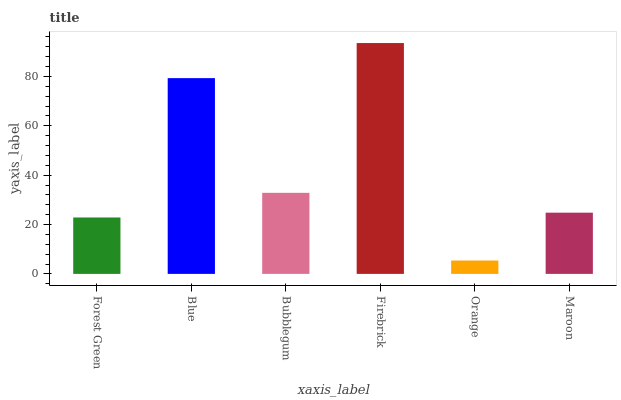
| xaxis_label | bars |
 | --- | --- |
 | Forest Green | 22.9 |
 | Blue | 79.3 |
 | Bubblegum | 32.8 |
 | Firebrick | 93.5 |
 | Orange | 5.42 |
 | Maroon | 24.8 |